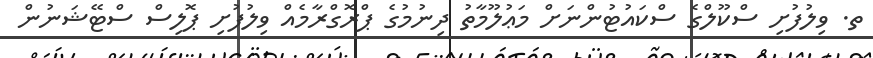
ތ. ވިލުފުށި ސްކޫލްގެ ސްކައުޓުންނަށް މަޢުލޫމާތު ދިނުމުގެ ޕްރޮގްރާމެއް ވިލުފުށި ޕޮލިސް ސްޓޭޝަނުން